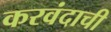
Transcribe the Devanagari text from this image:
करवंदाची